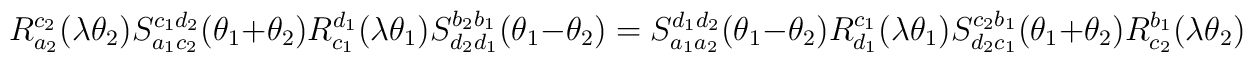
R_{a_2}^{c_2}(\lambda\theta_2)S_{a_1 c_2}^{c_1 d_2}(\theta_1+\theta_2)R_{c_1}^{d_1}(\lambda\theta_1)S_{d_2 d_1}^{b_2 b_1}(\theta_1 -\theta_2) = S_{a_1 a_2}^{d_1 d_2}(\theta_1-\theta_2)R_{d_1}^{c_1}(\lambda\theta_1)S_{d_2 c_1}^{c_2 b_1}(\theta_1 + \theta_2)R_{c_2}^{b_1}(\lambda\theta_2)